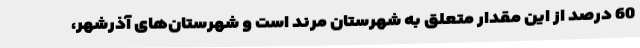
60 درصد از این مقدار متعلق به شهرستان مرند است و شهرستان‌های آذرشهر،